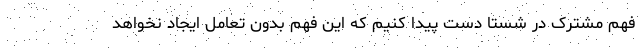
فهم مشترک در شستا دست پیدا کنیم که این فهم بدون تعامل ایجاد نخواهد